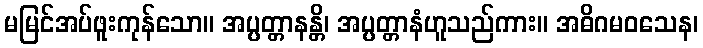
မမြင်အပ်ဖူးကုန်သော။ အပ္ပတ္တာနန္တိ၊ အပ္ပတ္တာနံဟူသည်ကား။ အဓိဂမဝသေန၊